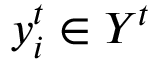
\boldsymbol { y } _ { i } ^ { t } \in \boldsymbol { Y } ^ { t }